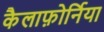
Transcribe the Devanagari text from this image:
कैलाफ़ोर्निया